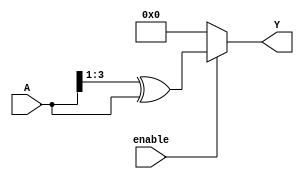
module RelativeEncoder #(
    parameter N = 4,  // Number of input bits
    parameter M = 4   // Number of output bits (Gray code for N bits)
)(
    input  wire [N-1:0] A,      // N-bit input
    input  wire enable,          // Enable signal
    output reg  [M-1:0] Y       // M-bit output (Gray code)
);

// Gray code conversion logic
always @(*) begin
    if (enable) begin
        Y = (A >> 1) ^ A;  // Convert binary to Gray code
    end else begin
        Y = {M{1'b0}};     // Default output when disabled (all zeros)
    end
end

endmodule